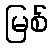
မြစ်